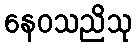
နေဝသညိသု